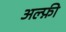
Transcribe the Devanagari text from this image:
अल्फ़ी